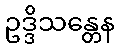
ဥဒ္ဒိသန္တေန